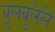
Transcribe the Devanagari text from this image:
बुलबुलेले